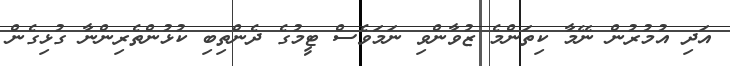
އަދި އުމުރުން ނޭމާ ކިތަންމެ ޒުވާންވި ނަމަވެސް ޓީމުގެ ދެންތިބި ކުޅުންތެރިންނާ ގުޅިގެން